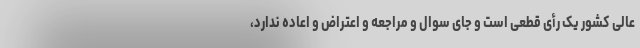
عالی کشور یک رأی قطعی است و جای سوال و مراجعه و اعتراض و اعاده ندارد،